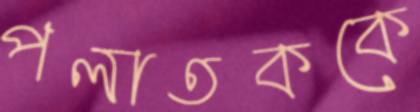
পলাতককে